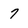
Character: 7